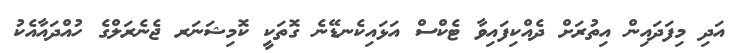
އަދި މިފަދައިން އިތުރަށް ދެއްކިފައިވާ ޓެކްސް އަޅައިކެނޑޭނެ ގޮތަކީ ކޮމިޝަނަރ ޖެނެރަލްގެ ހުއްދައާއެކު